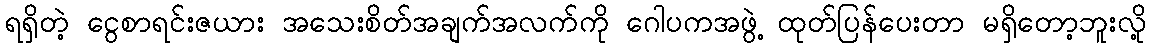
ရရှိတဲ့ ငွေစာရင်းဇယား အသေးစိတ်အချက်အလက်ကို ဂေါပကအဖွဲ့ ထုတ်ပြန်ပေးတာ မရှိတော့ဘူးလို့